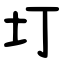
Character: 圢